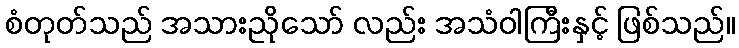
စံတုတ်သည် အသားညိုသော် လည်း အသံဝါကြီးနှင့် ဖြစ်သည်။